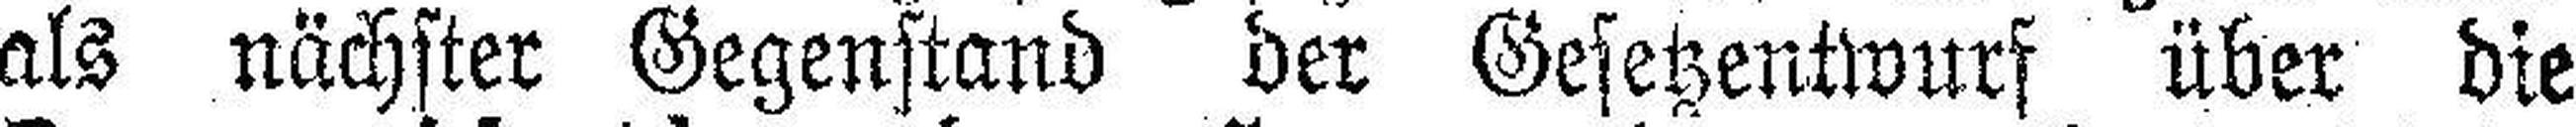
als nächster Gegenstand der Gesetzentwurf über die